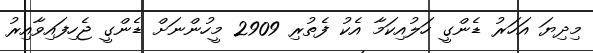
މިދިޔަ އަހަރު ޑެންގީ ހަލުއިކަމާ އެކު ފެތުރި 2909 މީހުންނަށް ޑެންގީ ޖެހިފައިވާއިރު